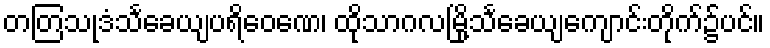
တတြသုဒံသင်္ခေယျပရိဝေဏေ၊ ထိုသာဂလမြို့သင်္ခေယျကျောင်းတိုက်၌ပင်။